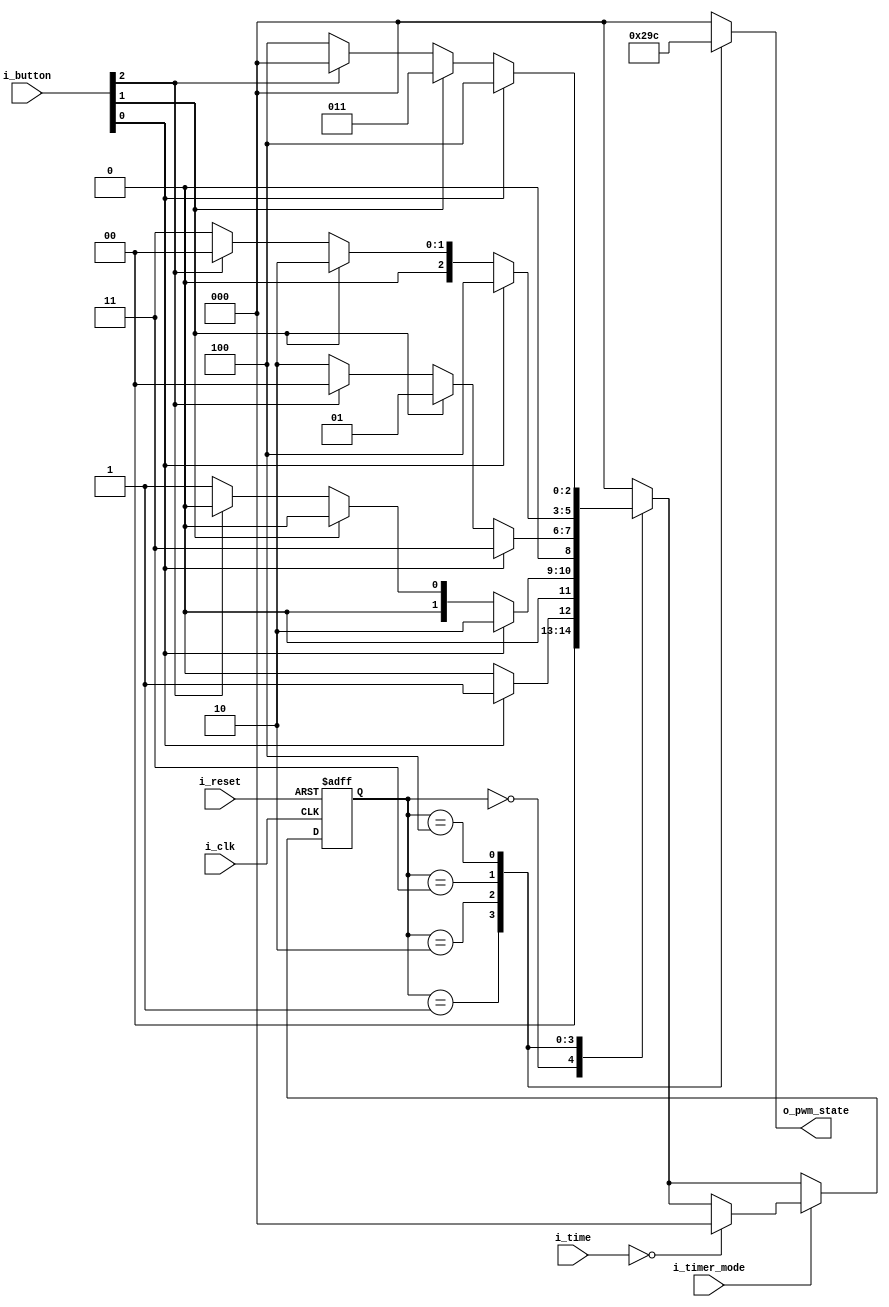
module FSM_motor(
    input [2:0] i_button,
    input i_reset, i_clk, i_timer_mode,
    input [4:0] i_time,
    output [2:0] o_pwm_state
    );

    parameter TRUE = 1'b1, FALSE = 1'b0;
    parameter PWM0 = 3'b000, PWM1 = 3'b001, PWM2 = 3'b010, PWM3 = 3'b011, PWM4 = 3'b100;
    reg [2:0] curState = PWM0, nextState, r_pwm_state = 0;
    assign o_pwm_state = r_pwm_state;
    
    always @(posedge i_clk or posedge i_reset) begin
        if(i_reset) begin
            curState <= PWM0;
        end
        else begin
            if(i_timer_mode) begin
                if(i_time == 0) begin
                    curState <= PWM0;
                end
                else curState <= nextState;
            end
            else curState <= nextState;
        end
    end

    always @(curState or i_button or i_clk) begin
        case (curState)
            PWM0:
            if(i_button[0] == TRUE) begin
                nextState <= PWM1;
            end
            else nextState <= PWM0;
            
            PWM1:
            if(i_button[0] == TRUE) begin
                nextState <= PWM2;
            end
            else if(i_button[1] == TRUE) begin
                nextState <= PWM0;
            end
            else if(i_button[2] == TRUE) begin
                nextState <= PWM0;
            end
            else nextState <= PWM1;

            PWM2:
            if(i_button[0] == TRUE) begin
                nextState <= PWM3;
            end
            else if(i_button[1] == TRUE) begin
                nextState <= PWM1;
            end
            else if(i_button[2] == TRUE) begin
                nextState <= PWM0;
            end
            else nextState <= PWM2;

            PWM3:
            if(i_button[0] == TRUE) begin
                nextState <= PWM4;
            end
            else if(i_button[1] == TRUE) begin
                nextState <= PWM2;
            end
            else if(i_button[2] == TRUE) begin
                nextState <= PWM0;
            end
            else nextState <= PWM3;

            PWM4:
            if(i_button[0] == TRUE) begin
                nextState <= PWM4;
            end
            else if(i_button[1] == TRUE) begin
                nextState <= PWM3;
            end
            else if(i_button[2] == TRUE) begin
                nextState <= PWM0;
            end
            else nextState <= PWM4;

            default: nextState <= PWM0;
        endcase
    end

    always @(curState) begin
        case (curState)
            PWM0 : r_pwm_state <= 3'b000;
            PWM1 : r_pwm_state <= 3'b001;
            PWM2 : r_pwm_state <= 3'b010;
            PWM3 : r_pwm_state <= 3'b011;
            PWM4 : r_pwm_state <= 3'b100;
            default: r_pwm_state <= 3'b000;
        endcase
    end
endmodule